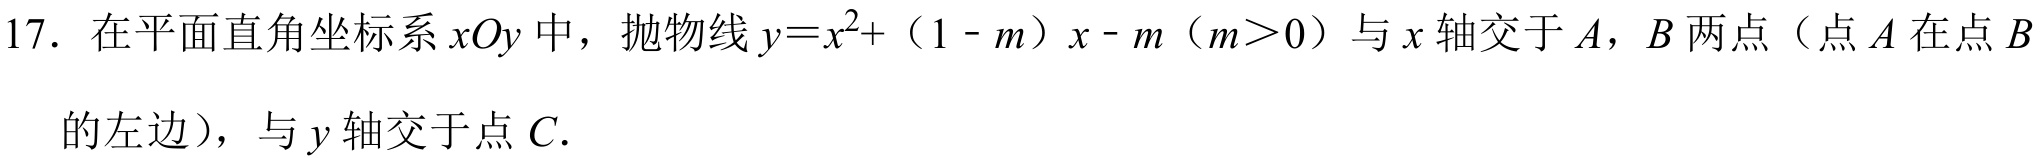
17. 在平面直角坐标系\(xOy\)中，抛物线\(y = x^{2}+(1 - m)x - m\)（\(m>0\)）与\(x\)轴交于\(A\)，\(B\)两点（点\(A\)在点\(B\)的左边），与\(y\)轴交于点\(C\).